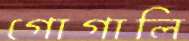
গোগালি